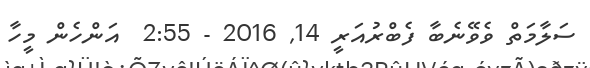
ސަލާމަތް ވެވޭނެބާ ފެބްރުއަރީ 14